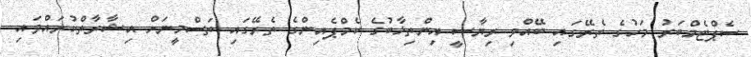
ސެޕްޓެމްބަރު މަހުގެ ތެރޭގައި ބޭއްވި ރިޔާސީ އިންތިޚާބުގެ ކެމްޕެއިންގެ ތެރޭގައި ތަސްމީނަށް އިޝާރާތްކުރައްވައި